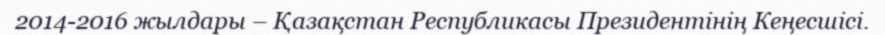
2014-2016 жылдары – Қазақстан Республикасы Президентінің Кеңесшісі.